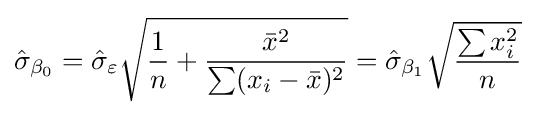
{\hat {\sigma }}_{\beta _{0}}={\hat {\sigma }}_{\varepsilon }{\sqrt {{\frac {1}{n}}+{\frac {{\bar {x}}^{2}}{\sum (x_{i}-{\bar {x}})^{2}}}}}={\hat {\sigma }}_{\beta _{1}}{\sqrt {\frac {\sum x_{i}^{2}}{n}}}